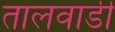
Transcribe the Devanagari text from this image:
तालवाडी